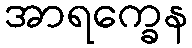
အာရက္ခေန